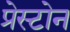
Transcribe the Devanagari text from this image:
प्रेस्टोन